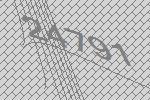
24791